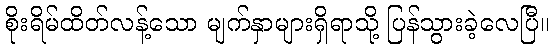
စိုးရိမ်ထိတ်လန့်သော မျက်နှာများရှိရာသို့ ပြန်သွားခဲ့လေပြီ။